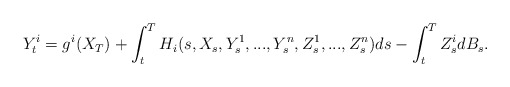
\begin{align*}Y_t^i=g^i(X_T)+\int_t^TH_i(s, X_s, Y_s^1,...,Y_s^n,Z_s^1,...,Z_s^n)ds-\int_t^T Z_s^idB_s.\end{align*}